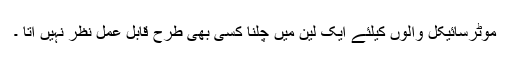
موٹرسائیکل والوں کیلئے ایک لین میں چلنا کسی بھی طرح قابل عمل نظر نہیں آتا ۔